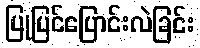
ပြုပြင်ပြောင်းလဲခြင်း